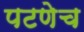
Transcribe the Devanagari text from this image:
पटणेच